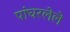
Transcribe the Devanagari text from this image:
पांघरलेले